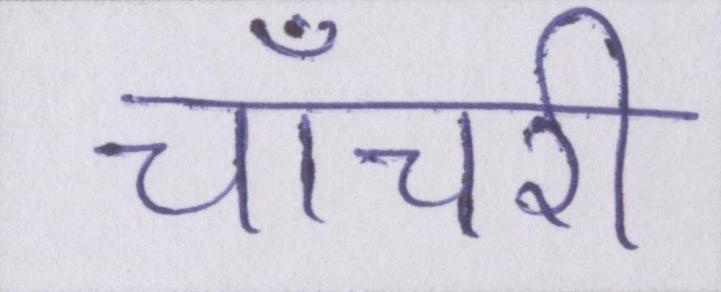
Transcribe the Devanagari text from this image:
चाँचरी